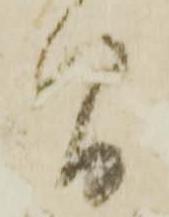
間